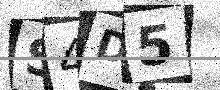
Text: S4D5